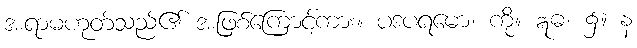
အရာမဟုတ်သည်၏ အဖြစ်ကြောင့်ကား။ ပဒပရမော၊ ကို။ ဣဓ၊ ၌။ န